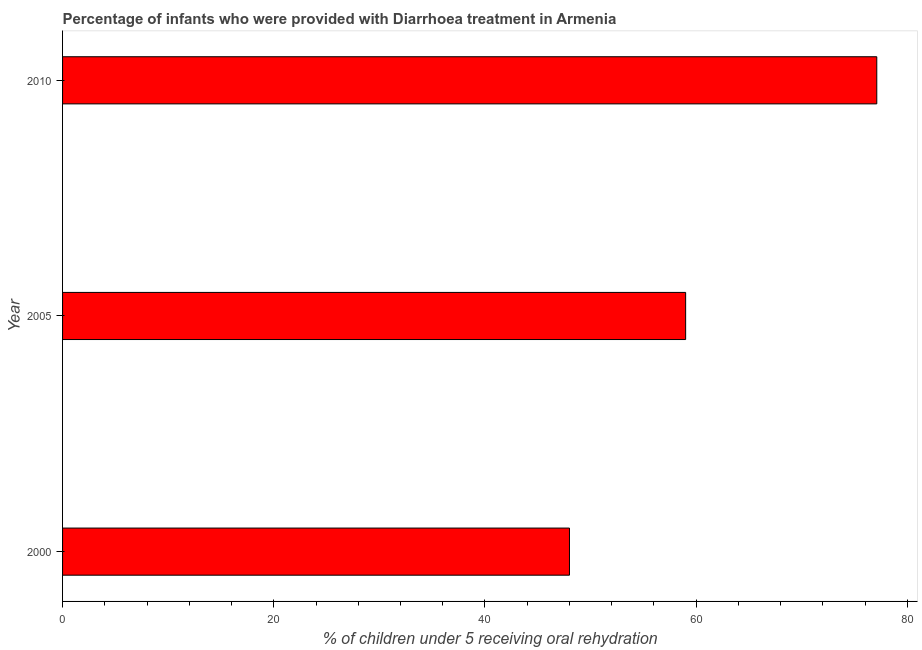
| Year | Diarrhea treatment |
 | --- | --- |
 | 2000 | 48 |
 | 2005 | 59 |
 | 2010 | 77.1 |